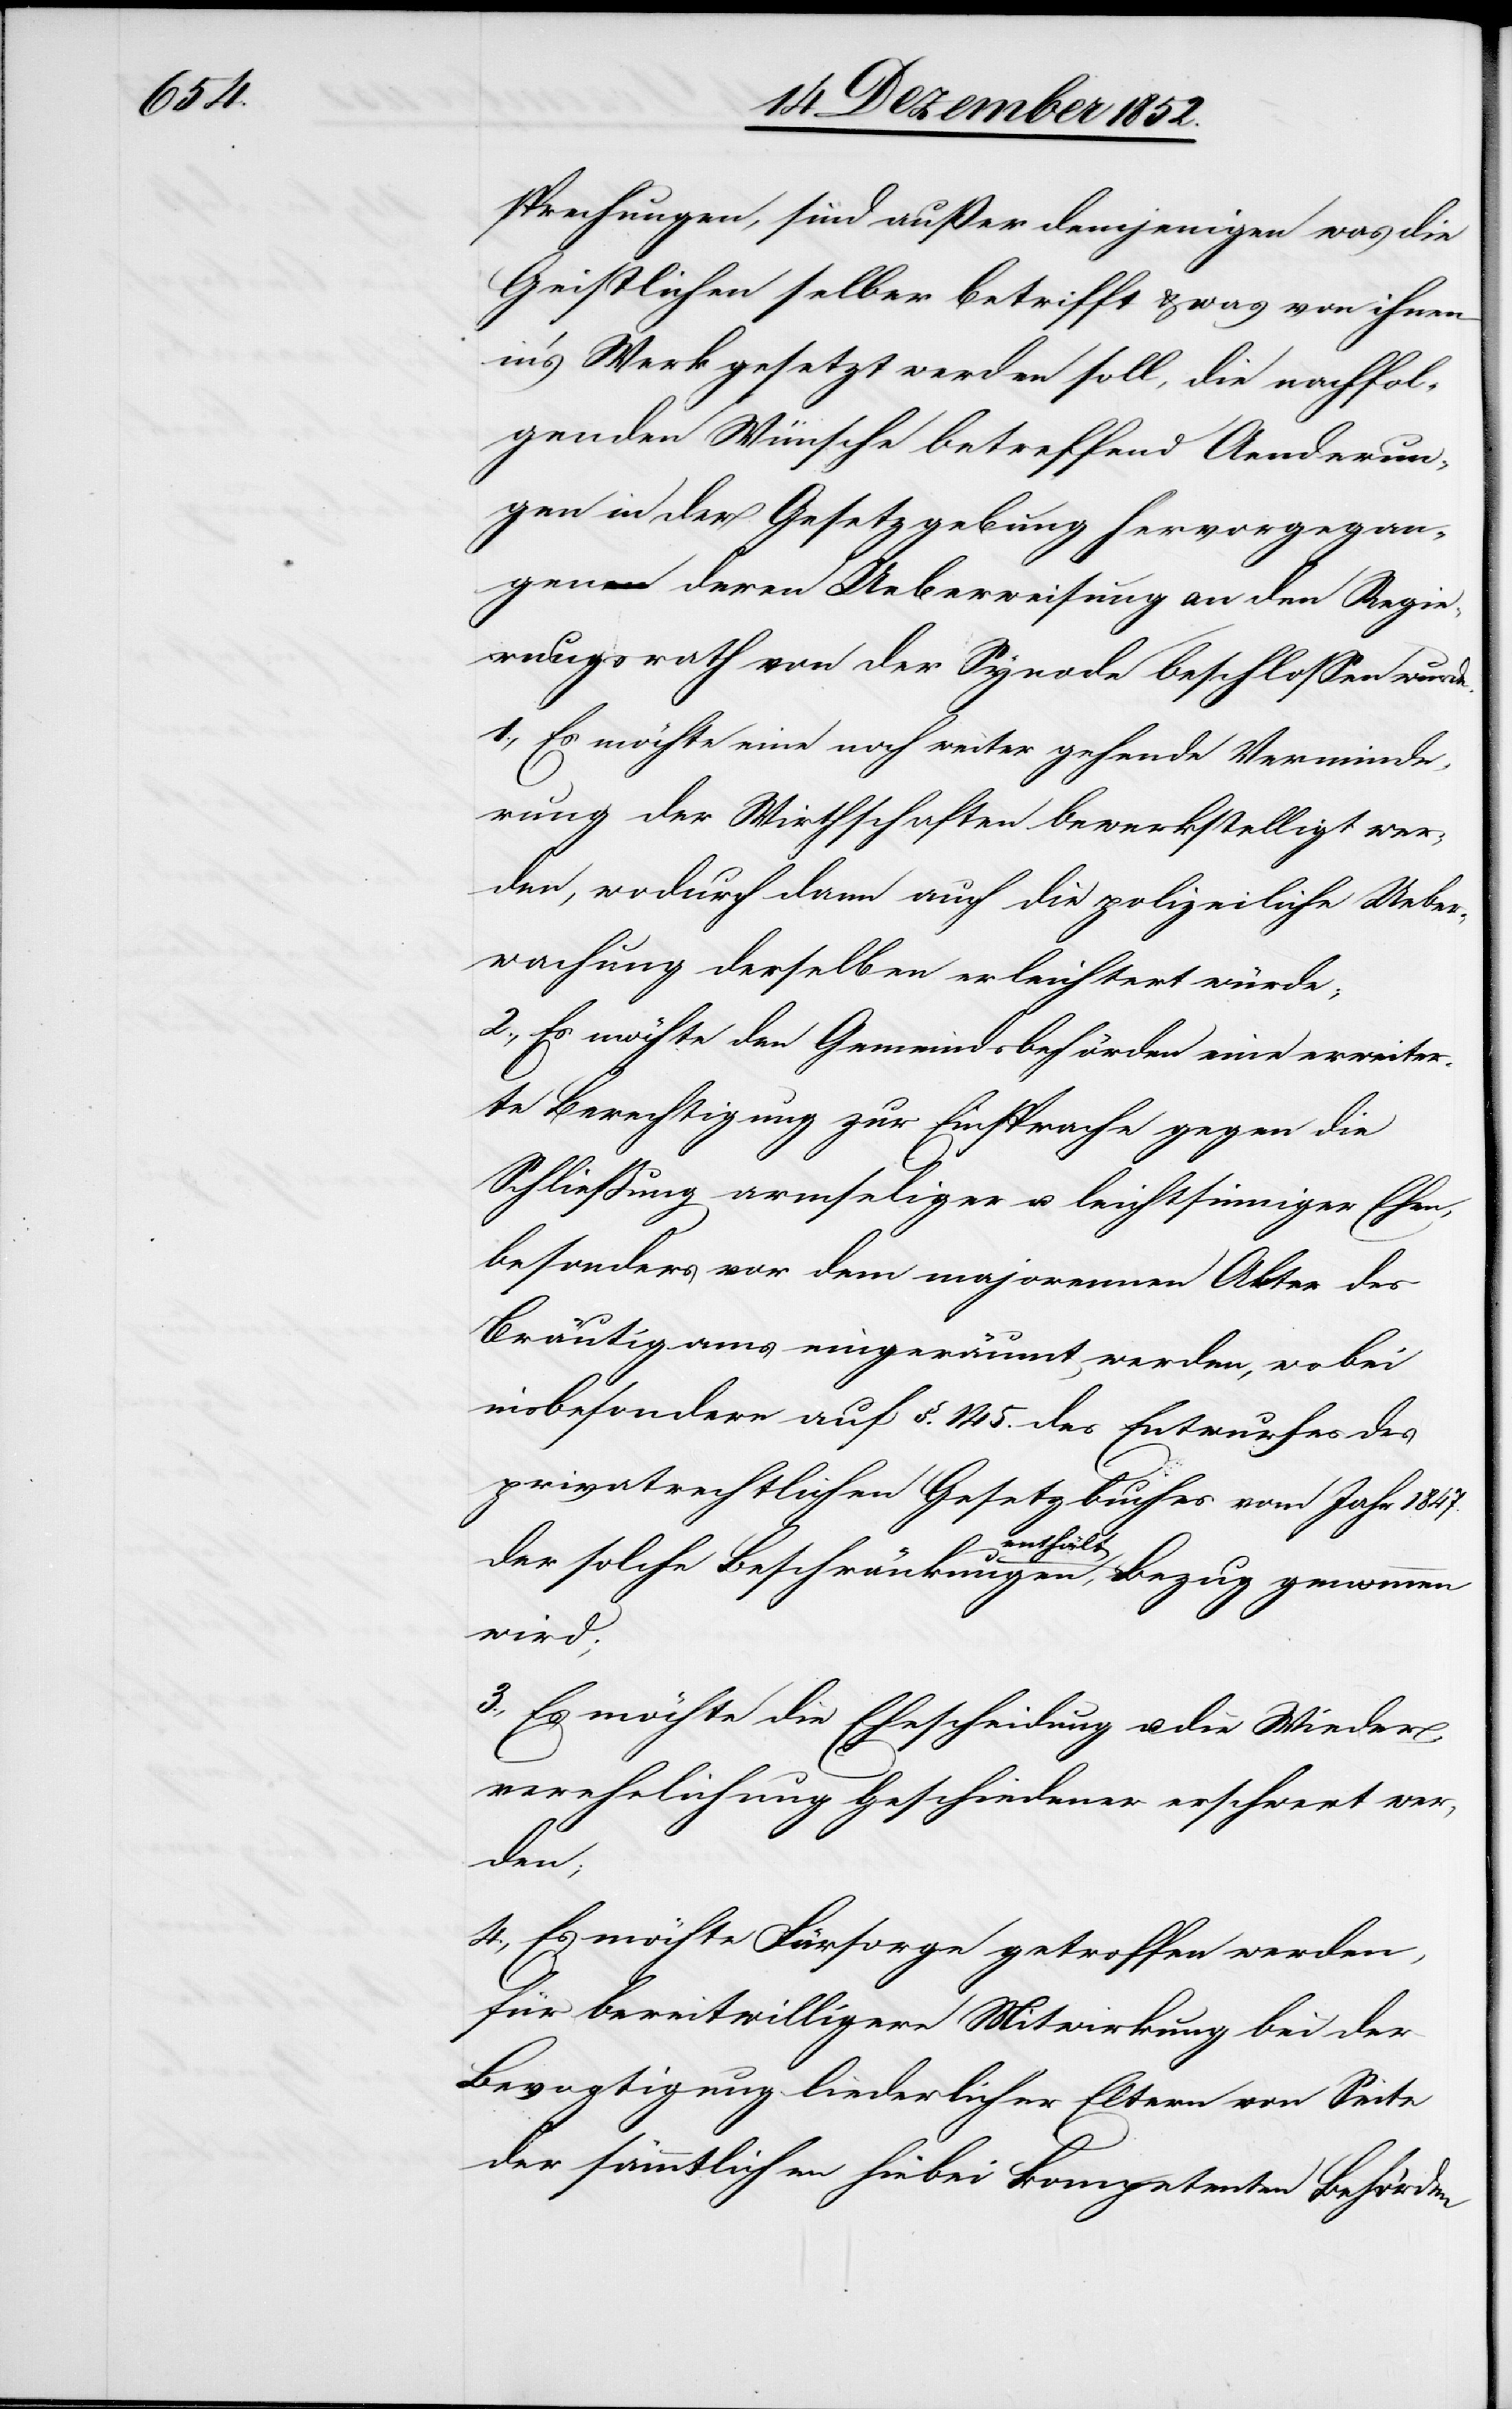
sprechungen, sind außer demjenigen was die
Geistlichen selber betrifft & was von ihnen
in’s Werk gesetzt werden soll, die nachfol¬
genden Wünsche betreffend Aenderun¬
gen in der Gesetzgebung hervorgegan¬
gen deren Ueberweisung an den Regie¬
rungsrath von der Synode beschlossen wurde.
1., Es möchte eine noch weiter gehende Verminde¬
rung der Wirthschaften bewerkstelligt wer¬
den, wodurch dann auch die polizeiliche Uebe¬
rwachung derselben erleichtert würde;
2,, Es möchte den Gemeindsbehörden eine erweiter¬
te Berechtigung zur Einsprache gegen die
Schließung armseliger u. leichtsinniger Ehen,
besonders vor dem majorennen Alter des
Bräutigams eingeräumt werden, wobei
insbesondere auf §. 145. des Entwurfes des
privatrechtlichen Gesetzbuches vom Jahr 1847.
der solche Beschränkungen enthält, Bezug genommen
wird;
3., Es möchte die Ehescheidung u. die Wieder¬
verehelichung Geschiedener erschwert wer¬
den;
4., Es möchte Fürsorge getroffen werden,
für bereitwilligere Mitwirkung bei der
Bevogtigung liederlicher Eltern von Seite
der sämmtlichen hiebei kompetenten Behörden